Civil Veterinary Department Bengal reports 1933-51 - 1933-1951
Year: 1933
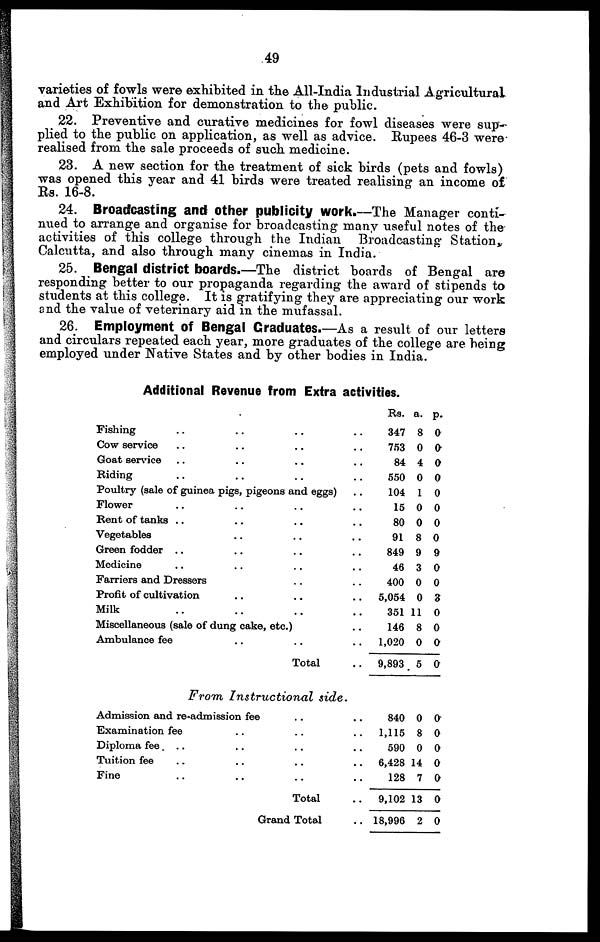
49
varieties of fowls were exhibited in the All-India Industrial Agricultural
and Art Exhibition for demonstration to the public.
22. Preventive and curative medicines for fowl diseases were sup-
plied to the public on application, as well as advice. Rupees 46-3 were
realised from the sale proceeds of such medicine.
23. A new section for the treatment of sick birds (pets and fowls)
was opened this year and 41 birds were treated realising an income of
Rs. 16-8.
24. Broadcasting and other publicity work.—The Manager conti-
nued to arrange and organise for broadcasting many useful notes of the
activities of this college through the Indian Broadcasting Station.
Calcutta, and also through many cinemas in India.
25. Bengal district boards.—The district boards of Bengal are
responding better to our propaganda regarding the award of stipends to
students at this college. It is gratifying they are appreciating our work
and the value of veterinary aid in the mufassal.
26. Employment of Bengal Graduates.—As a result of our letters
and circulars repeated each year, more graduates of the college are being
employed under Native States and by other bodies in India.
Additional Revenue from Extra activities.
Fishing .. .. .. .. ..
Cow service .. .. .. ..
Goat service .. .. ..
Riding .. .. .. ..
Poultry (sale of guinea pigs, pigeons and eggs) ..
Flower .. .. .. ..
Rent of tanks .. .. .. ..
Vegetables .. .. ..
Green fodder .. .. .. ..
Medicine .. .. .. ..
Farriers and Dressers .. ..
Profit of cultivation .. .. ..
Milk .. .. .. ..
Miscellaneous (sale of dung cake, etc.) ..
Ambulance fee .. .. ..
Total ..
Rs.
347
753
84
550
104
15
80
91
849
46
400
5,054
351
146
1,020
9,893
a.
8
0
4
0
1
0
0
8
9
3
0
0
11
8
0
5
p.
0
0
0
0
0
0
0
0
9
0
0
3
0
0
0
0
From Instructional
side.
Admission and re-admission fee .. ..
Examination fee .. .. ..
Diploma fee
.. .. .. .. ..
Tuition fee .. .. .. ..
Fine .. .. .. ..
Total ..
Grand Total ..
840
1,115
590
6,428
128
9,102
18,996
0
8
0
14
7
13
2
0
0
0
0
0
0
0